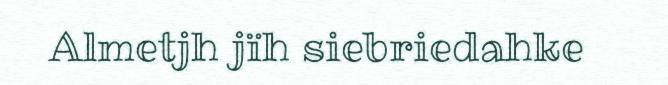
Almetjh jïh siebriedahke